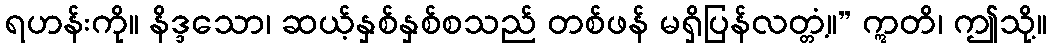
ရဟန်းကို။ နိဒ္ဒသော၊ ဆယ့်နှစ်နှစ်စသည် တစ်ဖန် မရှိပြန်လတ္တံ့။” ဣတိ၊ ဤသို့။